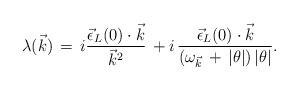
LaTeX: \begin{align*}\lambda(\vec{k})\,=\,i \frac{{\vec{\epsilon}}_{L}(0)\cdot \vec{k}} {{\vec{k}}^{2}}\,+i\,\frac{{\vec{\epsilon}}_{L}(0)\cdot \vec{k} }{(\omega_{\vec{k}}\,+\,|\theta|)\,|\theta| }.\end{align*}